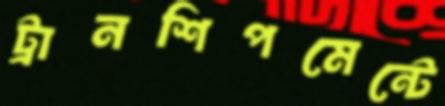
ট্রানশিপমেন্টে